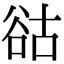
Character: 𧮴